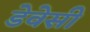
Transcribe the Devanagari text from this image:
डेवेसी